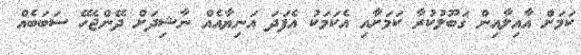
ކަމަށް އާއިލާއިން ގަބޫލުކުރާ ކަމަށާއި އެކަމަކު އެފަދަ އަނިޔާއެއް ނާޝިދަށް ދޭންޖެހޭ ސަބަބެއް